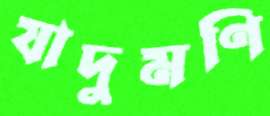
যাদুমণি